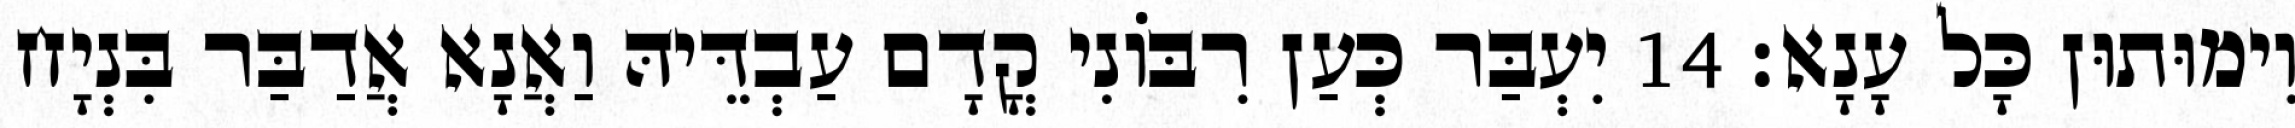
וִימוּתוּן כָּל עָנָא׃ 14 יִעְבַּר כְּעַן רִבּוֹנִי קֳדָם עַבְדֵּיהּ וַאֲנָא אֲדַבַּר בִּנְיָח